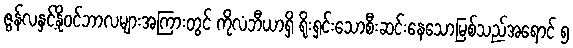
ဇွန်လနှင့်နိုဝင်ဘာလများအကြားတွင် ကိုလံဘီယာရှိ ရိုးရှင်းသောစီးဆင်းနေသောမြစ်သည်အရောင် ၅